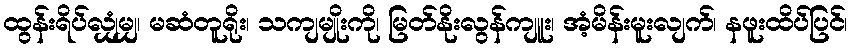
ထွန်းရိပ်လျှံမျှ၊ မဆံတူရိုး၊ သကျမျိုးကို၊ မြတ်နိုးလွန်ကျူး၊ အံ့မိန်းမူးလျက်၊ နဖူးထိပ်ပြင်၊